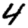
Digit: 4